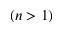
( n > 1 )